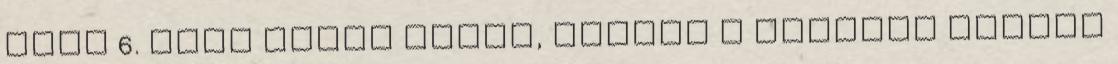
utca 6. szám előtt állok, mondja a mindent megélt